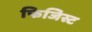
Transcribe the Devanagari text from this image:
फिजिस्ट